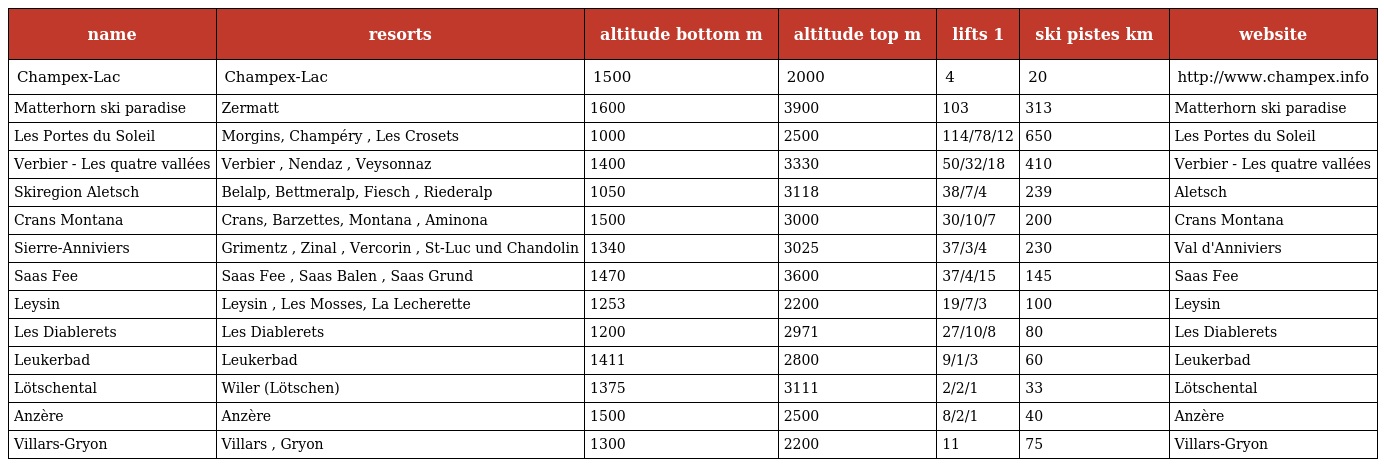
| name | resorts | altitude bottom m | altitude top m | lifts 1 | ski pistes km | website |
 | --- | --- | --- | --- | --- | --- | --- |
 | Champex-Lac | Champex-Lac | 1500 | 2000 | 4 | 20 | http://www.champex.info |
 | Matterhorn ski paradise | Zermatt | 1600 | 3900 | 103 | 313 | Matterhorn ski paradise |
 | Les Portes du Soleil | Morgins, Champéry , Les Crosets | 1000 | 2500 | 114/78/12 | 650 | Les Portes du Soleil |
 | Verbier - Les quatre vallées | Verbier , Nendaz , Veysonnaz | 1400 | 3330 | 50/32/18 | 410 | Verbier - Les quatre vallées |
 | Skiregion Aletsch | Belalp, Bettmeralp, Fiesch , Riederalp | 1050 | 3118 | 38/7/4 | 239 | Aletsch |
 | Crans Montana | Crans, Barzettes, Montana , Aminona | 1500 | 3000 | 30/10/7 | 200 | Crans Montana |
 | Sierre-Anniviers | Grimentz , Zinal , Vercorin , St-Luc und Chandolin | 1340 | 3025 | 37/3/4 | 230 | Val d'Anniviers |
 | Saas Fee | Saas Fee , Saas Balen , Saas Grund | 1470 | 3600 | 37/4/15 | 145 | Saas Fee |
 | Leysin | Leysin , Les Mosses, La Lecherette | 1253 | 2200 | 19/7/3 | 100 | Leysin |
 | Les Diablerets | Les Diablerets | 1200 | 2971 | 27/10/8 | 80 | Les Diablerets |
 | Leukerbad | Leukerbad | 1411 | 2800 | 9/1/3 | 60 | Leukerbad |
 | Lötschental | Wiler (Lötschen) | 1375 | 3111 | 2/2/1 | 33 | Lötschental |
 | Anzère | Anzère | 1500 | 2500 | 8/2/1 | 40 | Anzère |
 | Villars-Gryon | Villars , Gryon | 1300 | 2200 | 11 | 75 | Villars-Gryon |